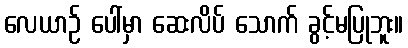
လေယာဉ် ပေါ်မှာ ဆေးလိပ် သောက် ခွင့်မပြုဘူး။